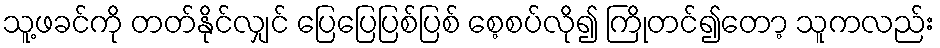
သူ့ဖခင်ကို တတ်နိုင်လျှင် ပြေပြေပြစ်ပြစ် စေ့စပ်လို၍ ကြိုတင်၍တော့ သူကလည်း